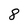
Character: 8